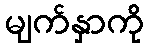
မျက်နှာကို